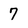
Character: 7